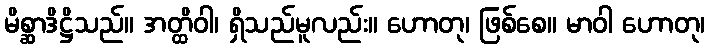
မိစ္ဆာဒိဋ္ဌိသည်။ အတ္ထိဝါ၊ ရှိသည်မူလည်း။ ဟောတု၊ ဖြစ်စေ။ မာဝါ ဟောတု၊